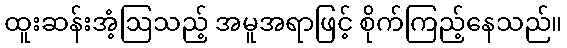
ထူးဆန်းအံ့ဩသည့် အမူအရာဖြင့် စိုက်ကြည့်နေသည်။